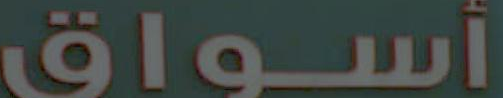
أسواق